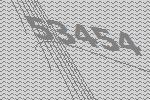
53454